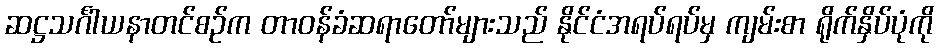
ဆဋ္ဌသင်္ဂါယနာတင်စဉ်က တာဝန်ခံဆရာတော်များသည် နိုင်ငံအရပ်ရပ်မှ ကျမ်းစာ ရိုက်နှိပ်ပုံကို